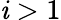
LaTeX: \mathit{i}>1